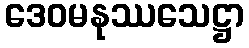
ဒေဝမနုဿသေဋ္ဌာ